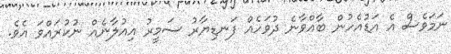
ނަމަވެސް އެ އަޑުއެހުން ބާއްވާނެ ދުވަހެއް ފަނޑިޔާރު ސަމީރު އިއުލާނެއް ނުކުރައްވަ އެވެ.